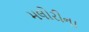
મલોરીના